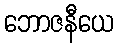
ဘောဇနီယေ